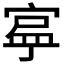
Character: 𭔄